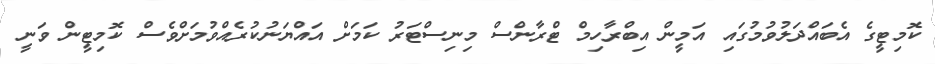
ކޮމިޓީގެ އެބައްދަލުވުމުގައި އަމީން އިބްރާހިމް ޓްރާންސް މިނިސްޓަރު ކަމަށް އައްޔަނުކުރެއްވުމަށްވެސް ކޮމިޓީން ވަނީ